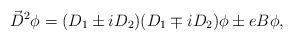
LaTeX: \begin{align*}\vec{D}^2 \phi =(D_1 \pm iD_2)(D_1\mp iD_2)\phi \pm eB\phi,\end{align*}